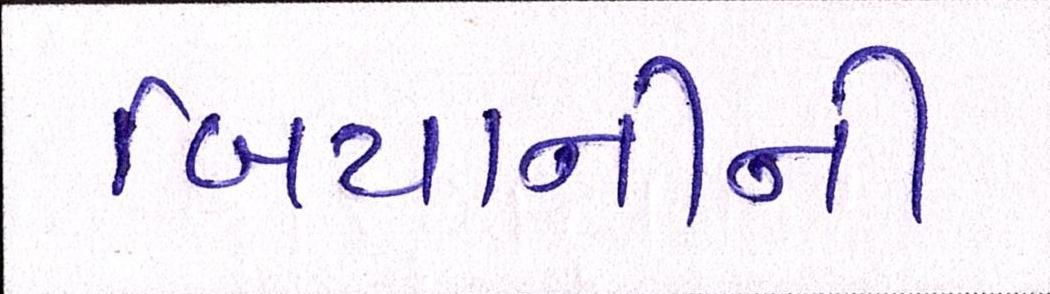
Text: બિયાનીની